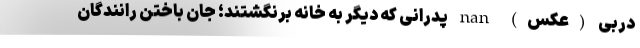
دربی (عکس) nan پدرانی که دیگر به خانه برنگشتند؛ جان باختن رانندگان